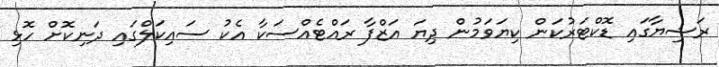
ރަޝިޔާގައި ޑޮކްޓަރުކަން ކިޔަވަމުން ދިޔަ އަޒްފާ ރައްޓެއްސަކާ އެކު ސައިކަލްގައި ދަނިކޮށް ހޮޅި